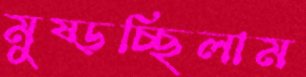
মুষ্‌ড়চ্ছিলাম